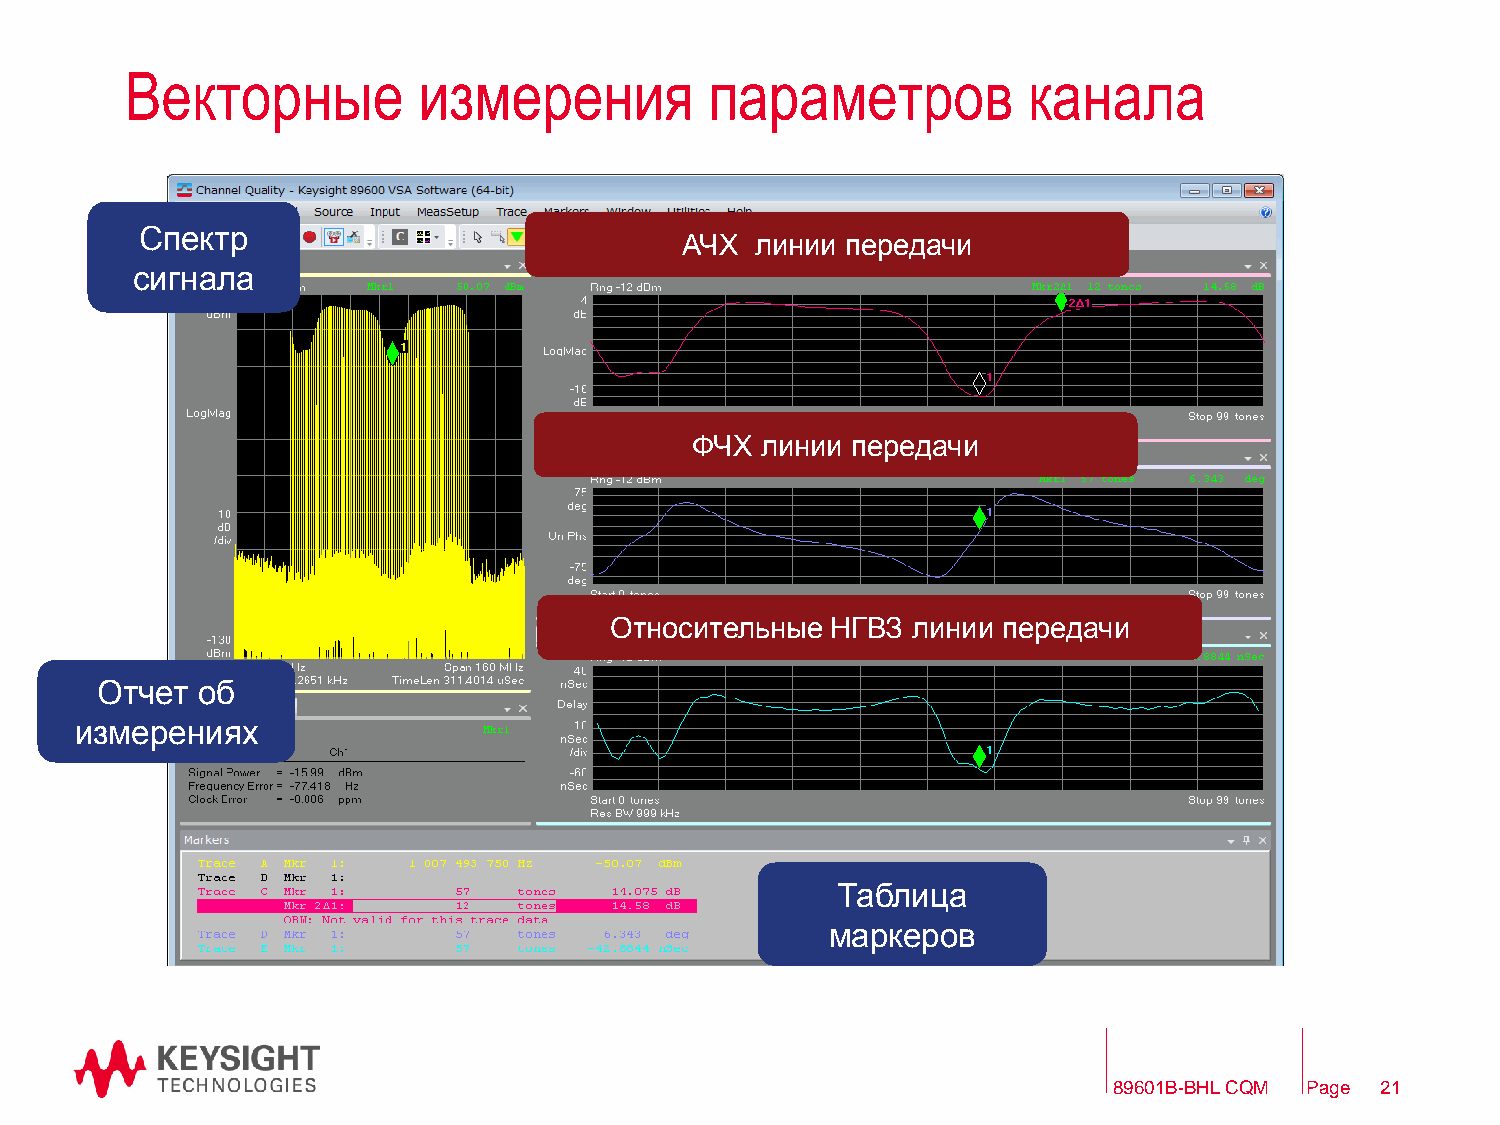
Векторные           измерения          параметров           канала
 Спектр
 АЧХ  линии передачи
 сигнала
 ФЧХ линии передачи
 Относительные  НГВЗ линии передачи
 Отчет  об
 измерениях
 Таблица
 маркеров
 89601B-BHL CQM Page 21